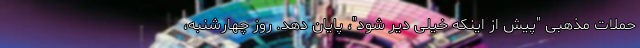
حملات مذهبی "پیش از اینکه خیلی دیر شود"، پایان دهد. روز چهارشنبه،